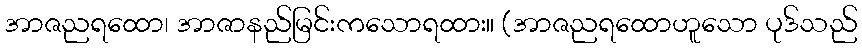
အာဇညရထော၊ အာဇာနည်မြင်းကသောရထား။ (အာဇညရထောဟူသော ပုဒ်သည်